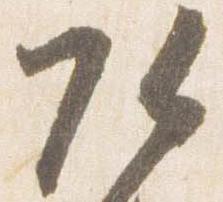
頭